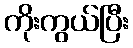
ကိုးကွယ်ပြီး